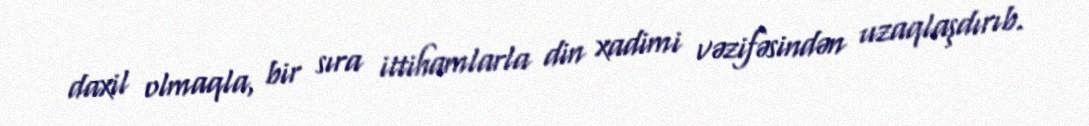
daxil olmaqla, bir sıra ittihamlarla din xadimi vəzifəsindən uzaqlaşdırıb.